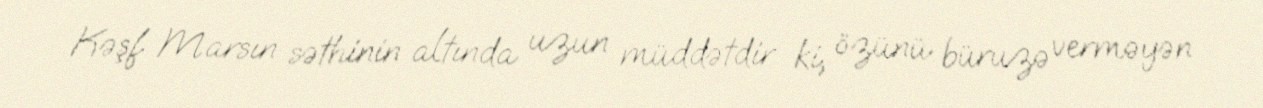
Kəşf Marsın səthinin altında uzun müddətdir ki, özünü büruzə verməyən